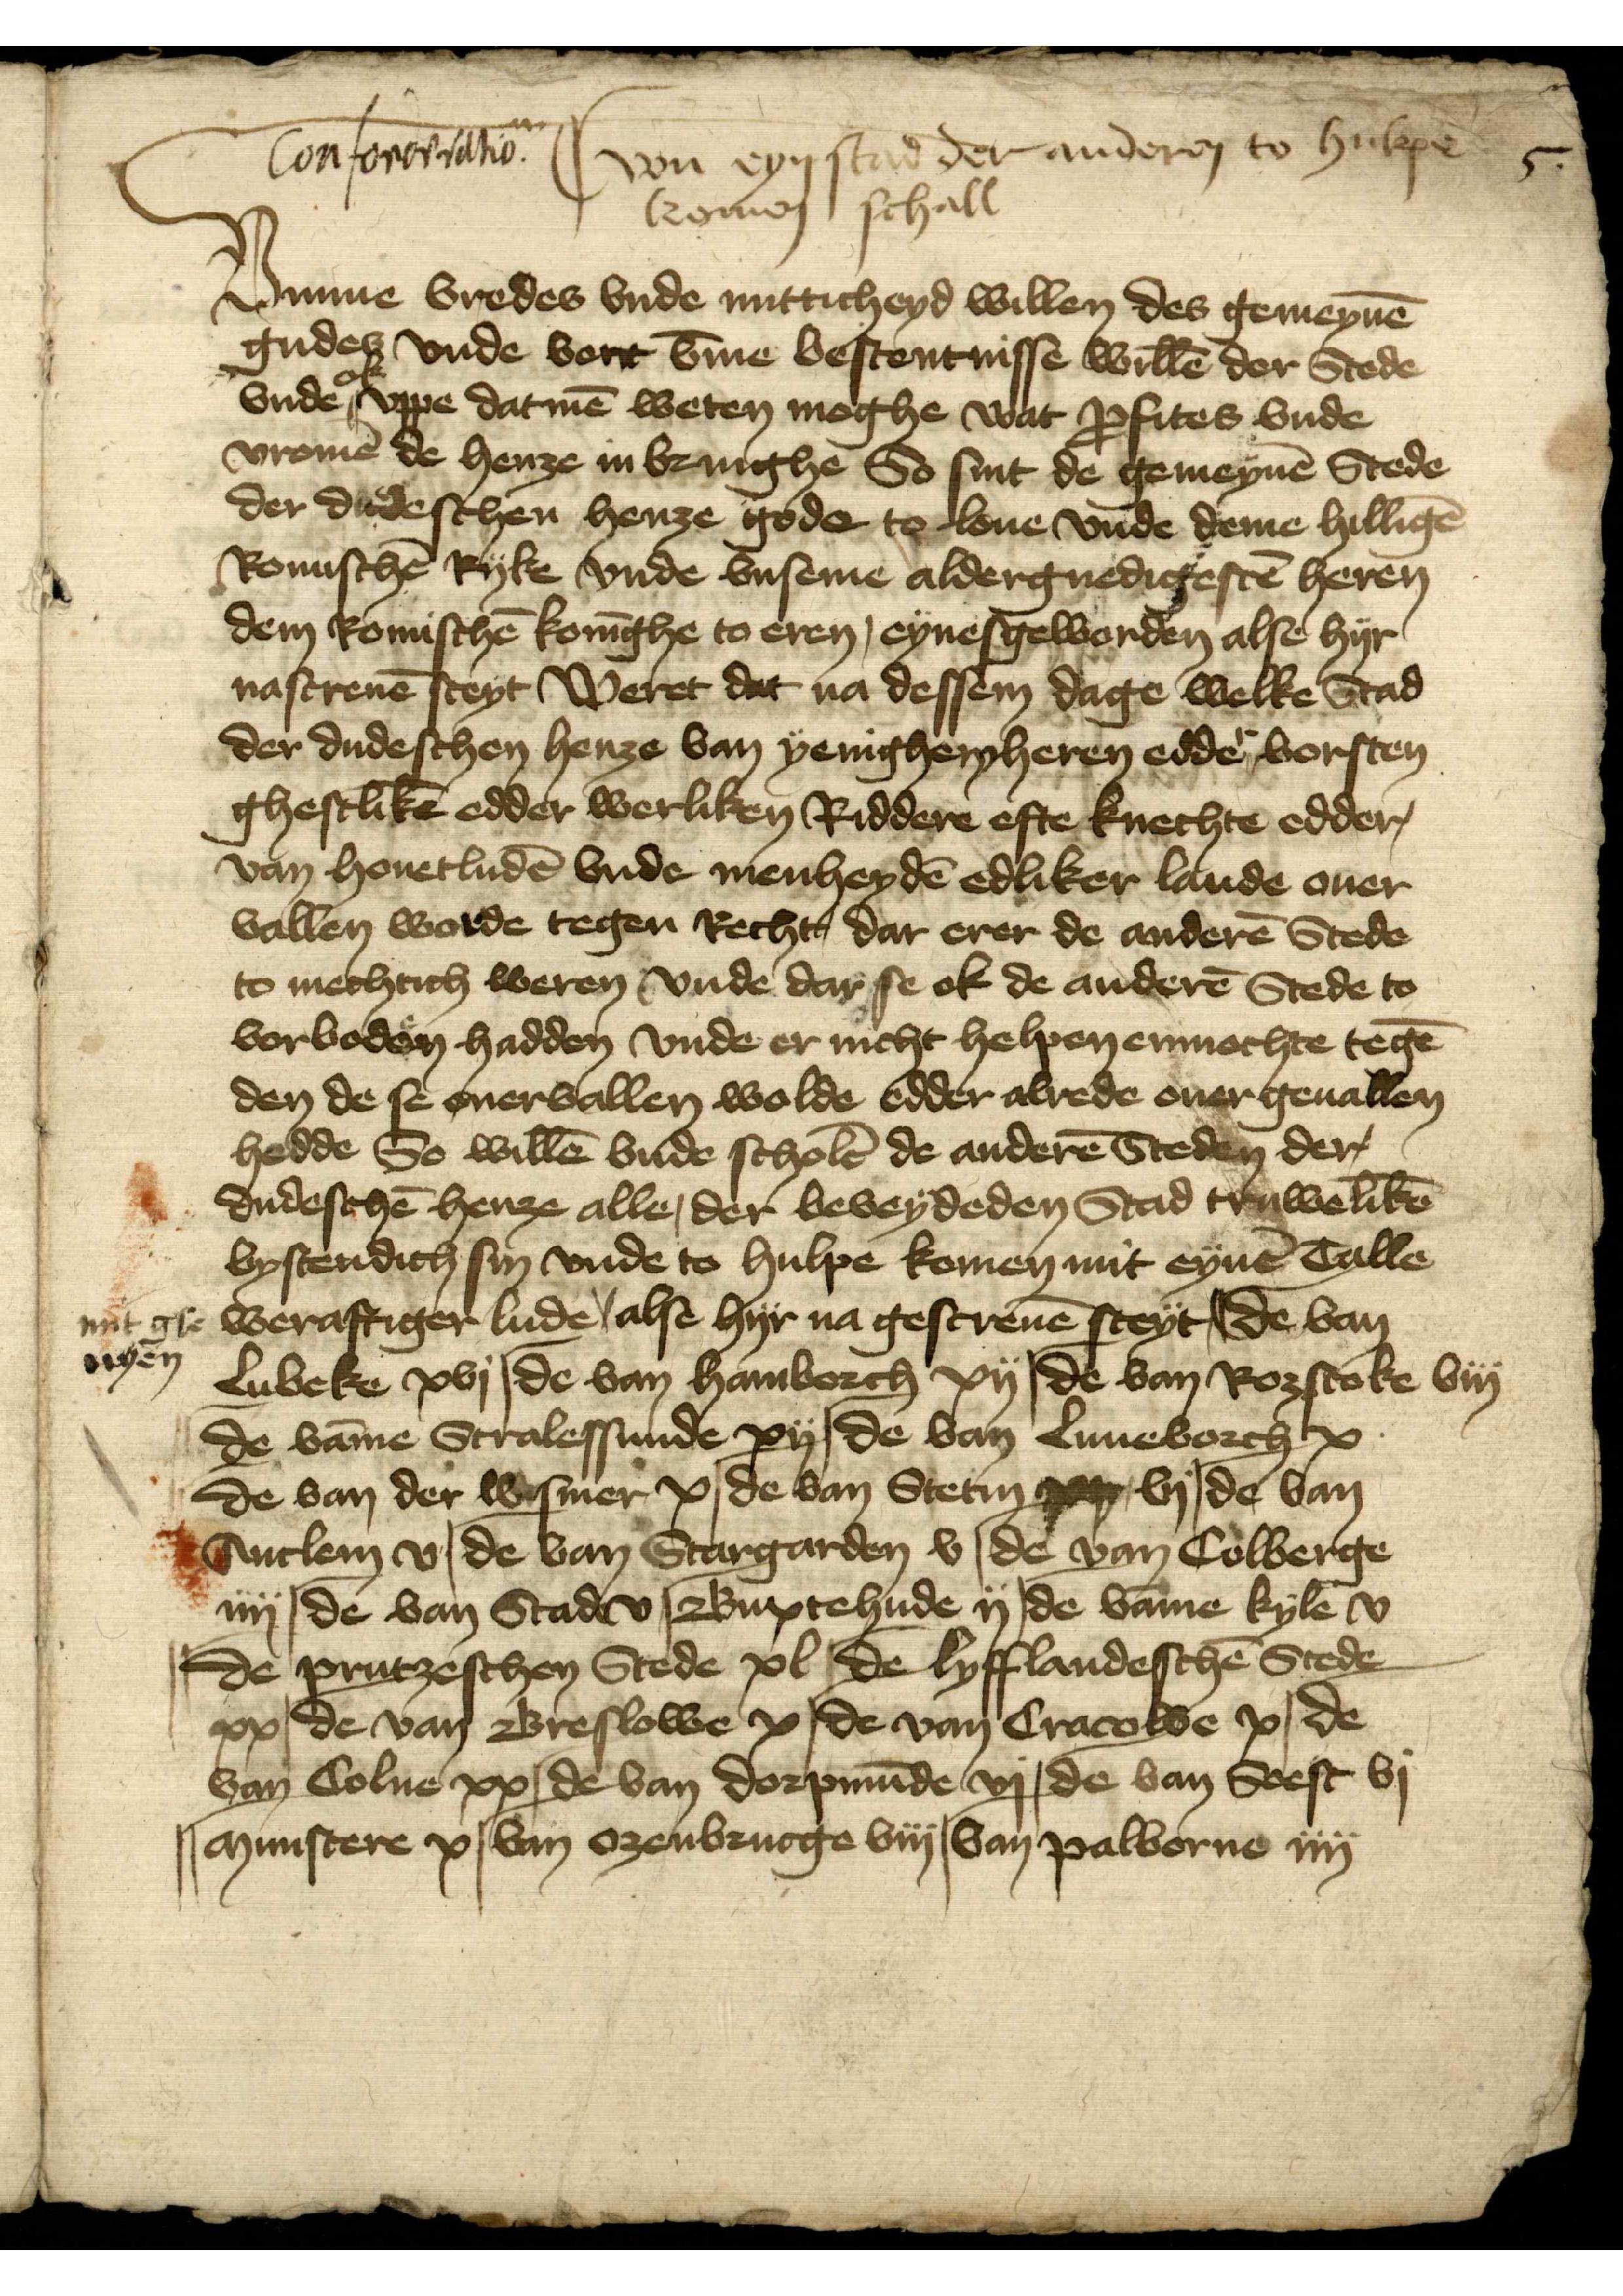
van eyn stad der anderen to hulpe
komen schall
Vmme vredes vnde nutticheyd willen des gemeynē

conforerratio

komen schall
Vmme vredes vnde nutticheyd willen des gemeynē
gudes vnde vort v̄me bestentnisse willē der Stede
vnde ok vppe datmē weten moghe wat Ꝑfites vnde
vromē de henze in Brughe So sint de gemeynē Stede
der dudeschen henze gode to loue vnde deme hilligē
Romischē Ryke vnde vnseme aldergnedigestē heren
dem Romischē Konīghe to eren, eynesgeworden alse hyr
nascreuē steyt Weret dat na dessen dage welke Stad
der dudeschen henze van yenighemheren edder vorsten
ghestlikē edder werliken Riddere efte knechte edder
van houetludē vnde menheydē edliker lade ouer
vallen worde tegen Recht, dar erer de anderē Stede
to mechtich weren vnde dar se ok de anderē Stede to
vorboden hadden vnde er nicht hehren enmochte tegē
den de se ouervallen wolde edder alrede ouer geuallen
hedde So willē vnde scholē de anderē Steden der
dudeschē henze alle, der bevey deden Stad truwelikē
bystendich sin vnde to hulpe komen mit eynē Talle
weraftiger lude alse hyr na gescreuē steyt de van
Lubeke xvj | de van Hamborch xii | de van Rozstoke biij
de vāme Stralessunde xij | de van Luneborch x
de van der Wismer x | de van Stetin ge vj de van
Anclem v | de van Stargarden v | de van Colberge
iiij | de van Stade v | Buxtehude ij | de vāme Kyle v
|| de prutzeschen Stede xl | de lyfflandeschē Stede
xx | de van Breslowe x | de van Cracowe x | de
van Colne xx | de van Dorpmūde vj | de van Soest vj
|| Munstere x | van Ozenbrucge viiij |van Palborne iiij

mit gle
nyen

5